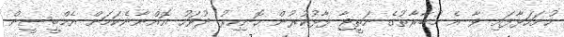
ހުށަހަޅާފައި ވާ އެ މުބާރާތުގެ ނަތީޖާ ފާޅުކުރުން ހޮނިހިރު ދުވަހު އޮއްނާނެކަމަށް އެމްބީސީން